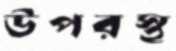
উপরস্থ